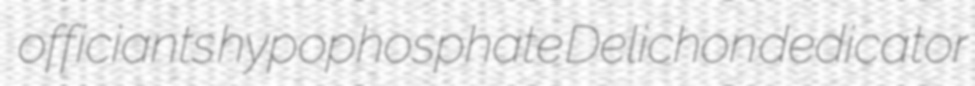
officiants hypophosphate Delichon dedicator